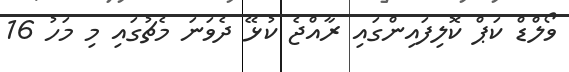
ވޯލްޑް ކަޕް ކޮލިފައިންގައި ރާއްޖެ ކުޅޭ ދެވަނަ މެޗުގައި މި މަހު 16